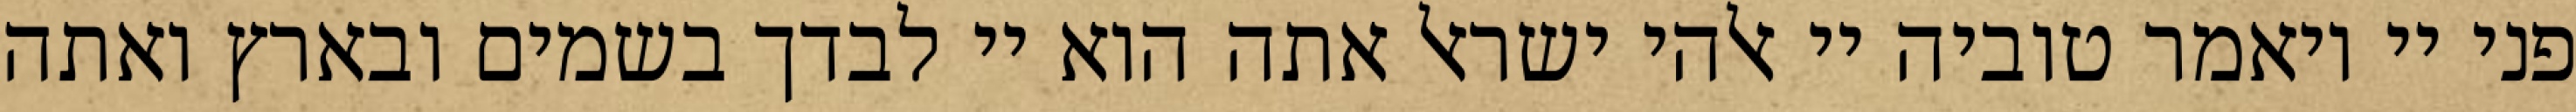
פני יי ויאמר טוביה יי אלהי ישראל אתה הוא יי לבדך בשמים ובארץ ואתה